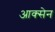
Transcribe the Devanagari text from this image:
आक्सेन